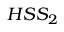
H S S _ { 2 }